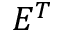
E ^ { T }